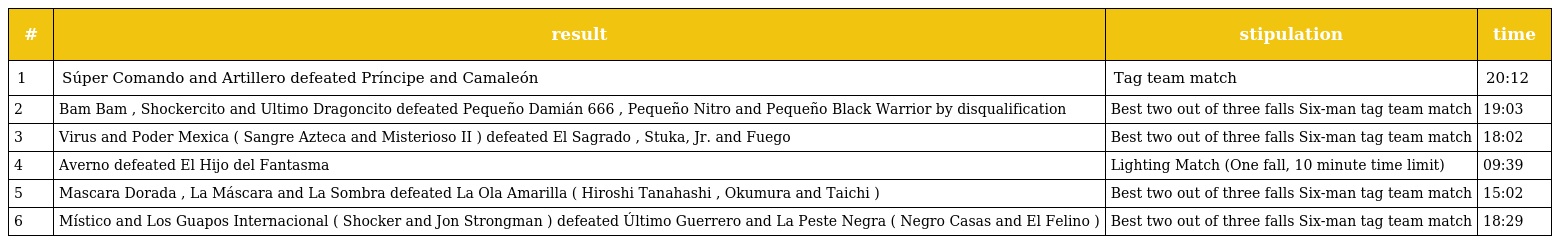
| # | result | stipulation | time |
 | --- | --- | --- | --- |
 | 1 | Súper Comando and Artillero defeated Príncipe and Camaleón | Tag team match | 20:12 |
 | 2 | Bam Bam , Shockercito and Ultimo Dragoncito defeated Pequeño Damián 666 , Pequeño Nitro and Pequeño Black Warrior by disqualification | Best two out of three falls Six-man tag team match | 19:03 |
 | 3 | Virus and Poder Mexica ( Sangre Azteca and Misterioso II ) defeated El Sagrado , Stuka, Jr. and Fuego | Best two out of three falls Six-man tag team match | 18:02 |
 | 4 | Averno defeated El Hijo del Fantasma | Lighting Match (One fall, 10 minute time limit) | 09:39 |
 | 5 | Mascara Dorada , La Máscara and La Sombra defeated La Ola Amarilla ( Hiroshi Tanahashi , Okumura and Taichi ) | Best two out of three falls Six-man tag team match | 15:02 |
 | 6 | Místico and Los Guapos Internacional ( Shocker and Jon Strongman ) defeated Último Guerrero and La Peste Negra ( Negro Casas and El Felino ) | Best two out of three falls Six-man tag team match | 18:29 |